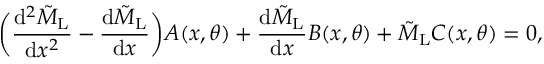
\bigg ( \frac { \mathrm { d } ^ { 2 } \tilde { M } _ { \mathrm { L } } } { \mathrm { d } x ^ { 2 } } - \frac { \mathrm { d } \tilde { M } _ { \mathrm { L } } } { \mathrm { d } x } \bigg ) A ( x , \theta ) + \frac { \mathrm { d } \tilde { M } _ { \mathrm { L } } } { \mathrm { d } x } B ( x , \theta ) + \tilde { M } _ { \mathrm { L } } C ( x , \theta ) = 0 ,